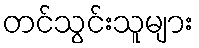
တင်သွင်းသူများ